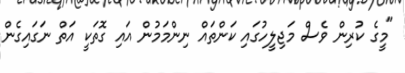
"މީގެ ކުރިން ވެސް މަޖިލީހުގައި ކަންތައް ނިންމަމުން އައި ގޮތަކީ އަތް ނަގައިގެން